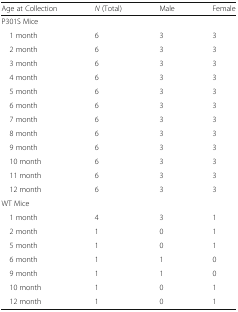
<table><thead><tr><td><b>Age at Collection</b></td><td><b><i>N</i> (Total)</b></td><td><b>Male</b></td><td><b>Female</b></td></tr></thead><tbody><tr><td colspan="4">P301S Mice</td></tr><tr><td> 1 month</td><td>6</td><td>3</td><td>3</td></tr><tr><td> 2 month</td><td>6</td><td>3</td><td>3</td></tr><tr><td> 3 month</td><td>6</td><td>3</td><td>3</td></tr><tr><td> 4 month</td><td>6</td><td>3</td><td>3</td></tr><tr><td> 5 month</td><td>6</td><td>3</td><td>3</td></tr><tr><td> 6 month</td><td>6</td><td>3</td><td>3</td></tr><tr><td> 7 month</td><td>6</td><td>3</td><td>3</td></tr><tr><td> 8 month</td><td>6</td><td>3</td><td>3</td></tr><tr><td> 9 month</td><td>6</td><td>3</td><td>3</td></tr><tr><td> 10 month</td><td>6</td><td>3</td><td>3</td></tr><tr><td> 11 month</td><td>6</td><td>3</td><td>3</td></tr><tr><td> 12 month</td><td>6</td><td>3</td><td>3</td></tr><tr><td colspan="4">WT Mice</td></tr><tr><td> 1 month</td><td>4</td><td>3</td><td>1</td></tr><tr><td> 2 month</td><td>1</td><td>0</td><td>1</td></tr><tr><td> 5 month</td><td>1</td><td>0</td><td>1</td></tr><tr><td> 6 month</td><td>1</td><td>1</td><td>0</td></tr><tr><td> 9 month</td><td>1</td><td>1</td><td>0</td></tr><tr><td> 10 month</td><td>1</td><td>0</td><td>1</td></tr><tr><td> 12 month</td><td>1</td><td>0</td><td>1</td></tr></tbody></table>